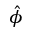
\hat { \phi }